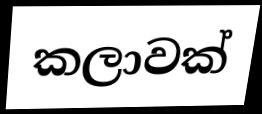
කලාවක්